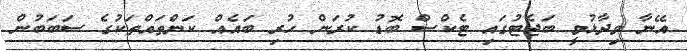
އޭނާ ވިދާޅުވީ ބަޖެޓުގައި ޓެކްސް ބޮޑު ކުރަން ހުރި ބައެއް ކަންތައްތަކުގެ ސަބަބުން